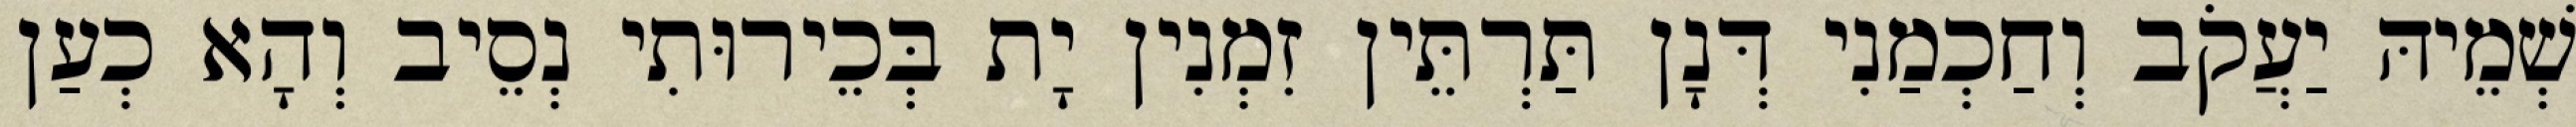
שְׁמֵיהּ יַעֲקֹב וְחַכְמַנִי דְּנָן תַּרְתֵּין זִמְנִין יָת בְּכֵירוּתִי נְסֵיב וְהָא כְעַן